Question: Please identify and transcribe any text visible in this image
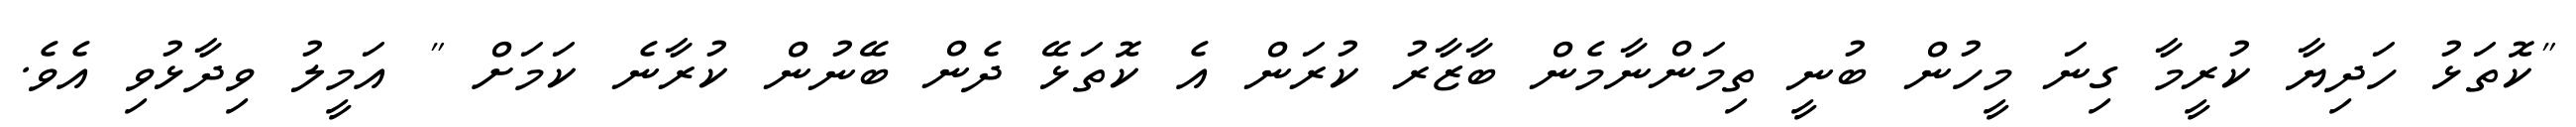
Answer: "ކޮތަޅު ހަދިޔާ ކުރީމާ ގިނަ މީހުން ބުނީ ތިމަންނާމެން ބާޒާރު ކުރަން އެ ކޮތަޅޭ ދެން ބޭނުން ކުރާނެ ކަމަށް " އަމީލު ވިދާޅުވި އެވެ.